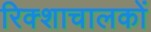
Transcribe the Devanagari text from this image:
रिक्शाचालकों